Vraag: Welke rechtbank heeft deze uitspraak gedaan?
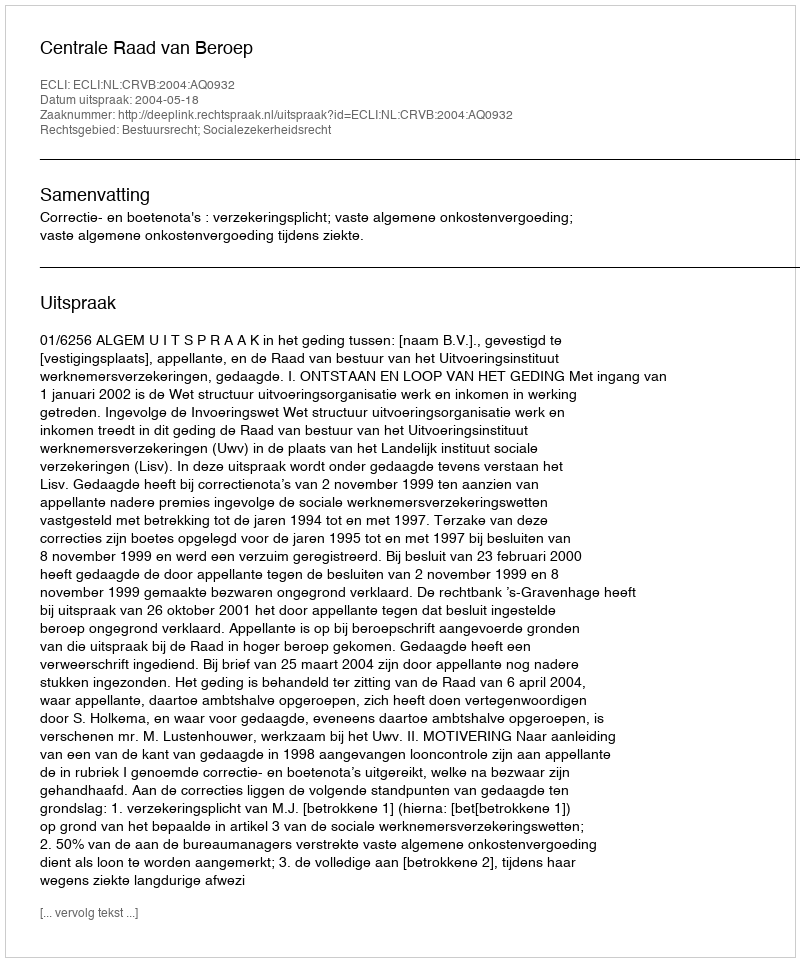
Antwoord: Centrale Raad van Beroep